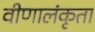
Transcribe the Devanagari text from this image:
वीणालंकृता